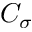
C _ { \sigma }